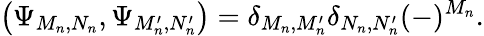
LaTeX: \left(\Psi_{M_{n},N_{n}},\Psi_{M_{n}^{\prime},N_{n}^{\prime}}\right)=\delta_{M_{n},M_{n}^{\prime}}\delta_{N_{n},N_{n}^{\prime}}(-)^{M_{n}}.